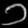
Digit: ၁